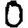
Digit: 0